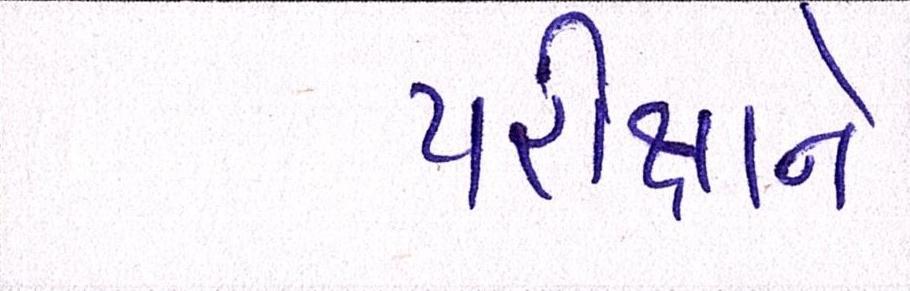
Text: પરીક્ષાને